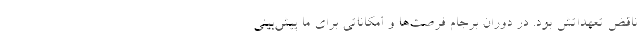
ناقض تعهداتش بود. در دوران برجام فرصت‌ها و امکاناتی برای ما پیش‌بینی